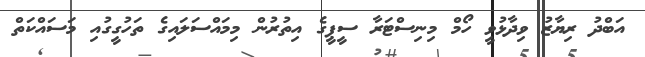
އަބްދު ރިޔާޒު ވިދާޅުވީ ހޯމް މިނިސްޓަރާ ސީޕީގެ އިތުރުން މިމައްސަލައިގެ ތަހުގީގުއި މަސައްކަތް